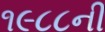
૧૯૮૮ની